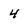
Character: 4